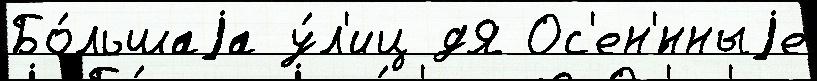
Бо́льшаjа у́л'иц дЯ Ос'ен'́нныjе